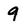
Character: 9